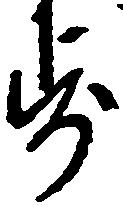
歩